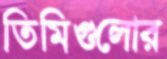
তিমিগুলোর